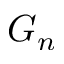
G _ { n }